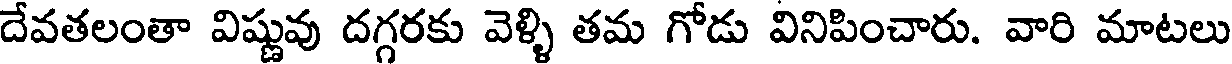
దేవతలంతా విష్ణువు దగ్గరకు వెళ్ళి తమ గోడు వినిపించారు. వారి మాటలు